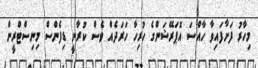
މިހާރު ފަށާފައިވާ ހާއްސަ އޮޕަރޭޝަންގެ ހުރިހާ ހަރަދެއް ވެސް ކުރާނީ ޑިފެންސް މިނިސްޓްރީން